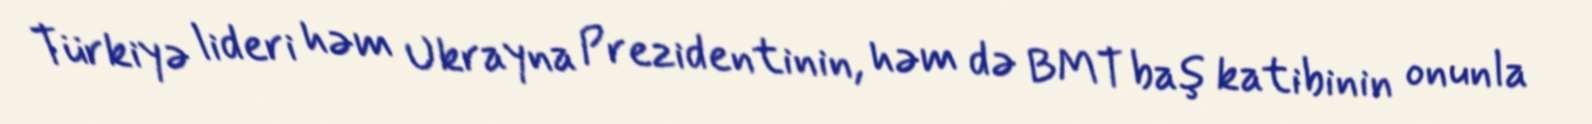
Türkiyə lideri həm Ukrayna Prezidentinin, həm də BMT baş katibinin onunla